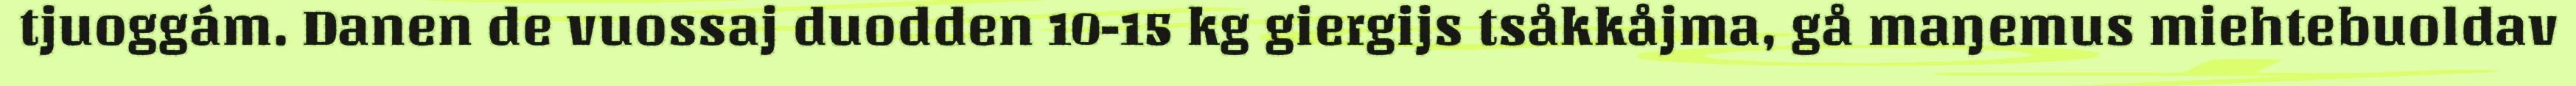
tjuoggám. Danen de vuossaj duodden 10-15 kg giergijs tsåkkåjma, gå maŋemus miehtebuoldav